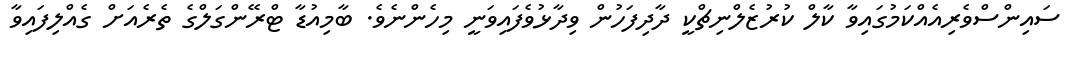
ސައިންސްވެރިއެއްކަމުގައިވާ ކާލް ކުރުޒެލްނިޗްކީ ދާދިފަހުން ވިދާޅުވެފައިވަނީ މިހެންނެވެ. ބާމިއުޑާ ޓްރޭންގަލްގެ ތެރެއަށް ގެއްލިފައިވާ